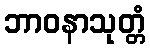
ဘာဝနာသုတ္တံ